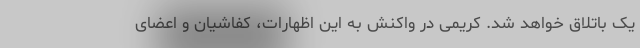
یک باتلاق خواهد شد. کریمی در واکنش به این اظهارات، کفاشیان و اعضای